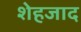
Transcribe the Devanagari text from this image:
शेहजाद